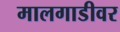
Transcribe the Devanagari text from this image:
मालगाडीवर